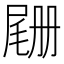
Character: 𫵡